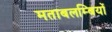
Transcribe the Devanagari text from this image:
मताबलम्बियों